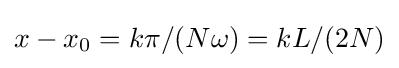
{\textstyle x-x_{0}=k\pi /(N\omega )=kL/(2N)}